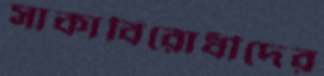
সাকাবিরোধীদের